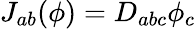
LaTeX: J_{ab}(\phi)=D_{abc}\phi_{c}